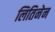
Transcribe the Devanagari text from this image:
लितिनेन